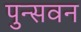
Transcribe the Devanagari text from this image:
पुन्सवन